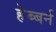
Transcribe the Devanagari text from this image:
हेब्बर्न